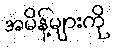
အမိန့်များကို